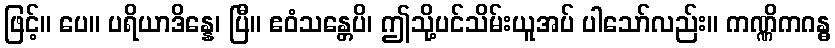
ဖြင့်။ ပေ။ ပရိယာဒိန္နေ၊ ပြီ။ ဧဝံသန္တေပိ၊ ဤသို့ပင်သိမ်းယူအပ် ပါသော်လည်း။ ကဏ္ဏိကဂန္ဓ